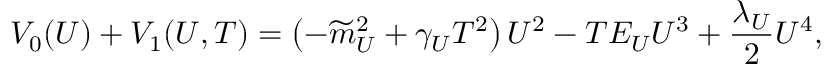
V _ { 0 } ( U ) + V _ { 1 } ( U , T ) = \left( - \widetilde { m } _ { U } ^ { 2 } + \gamma _ { U } T ^ { 2 } \right) U ^ { 2 } - T E _ { U } U ^ { 3 } + \frac { \lambda _ { U } } { 2 } U ^ { 4 } ,